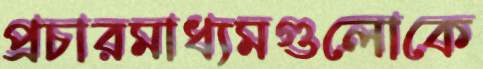
প্রচারমাধ্যমগুলোকে